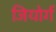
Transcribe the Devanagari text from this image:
जियोर्ग